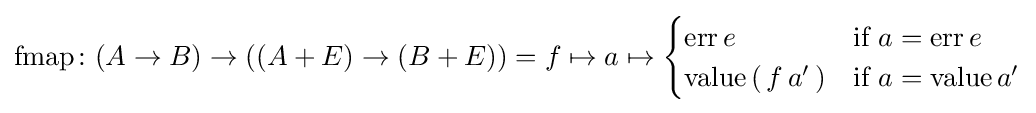
{\text{fmap}}\colon (A\to B)\to \left(\left(A+E\right)\to \left(B+E\right)\right)=f\mapsto a\mapsto {\begin{cases}{\text{err}}\,e&{\text{if}}\ a={\text{err}}\,e\\{\text{value}}\,{\text{(}}\,f\,a'\,{\text{)}}&{\text{if}}\ a={\text{value}}\,a'\end{cases}}